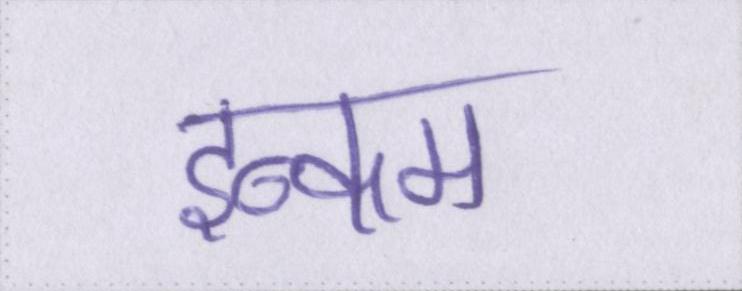
इन्कम